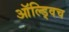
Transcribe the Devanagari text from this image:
ऑल्ड्विच